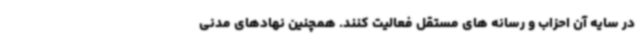
در سایه آن احزاب و رسانه های مستقل فعالیت کنند. همچنین نهادهای مدنی